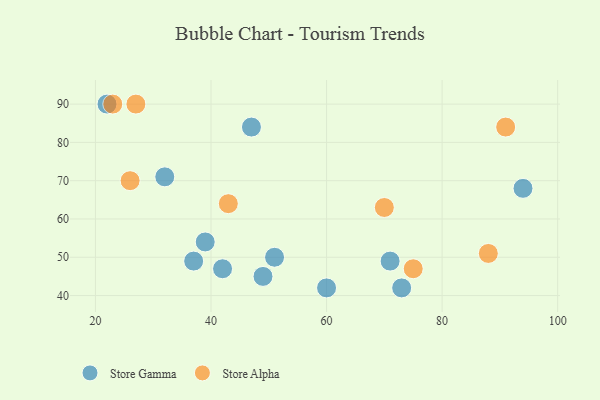
{"axis": {"x": "GDP", "y": "Life Expectancy"}, "legend": ["Store Alpha", "Store Gamma"], "data": [{"x": "37", "y": 49, "type": "Store Gamma"}, {"x": "42", "y": 47, "type": "Store Gamma"}, {"x": "47", "y": 84, "type": "Store Gamma"}, {"x": "32", "y": 71, "type": "Store Gamma"}, {"x": "73", "y": 42, "type": "Store Gamma"}, {"x": "22", "y": 90, "type": "Store Gamma"}, {"x": "39", "y": 54, "type": "Store Gamma"}, {"x": "51", "y": 50, "type": "Store Gamma"}, {"x": "49", "y": 45, "type": "Store Gamma"}, {"x": "71", "y": 49, "type": "Store Gamma"}, {"x": "94", "y": 68, "type": "Store Gamma"}, {"x": "60", "y": 42, "type": "Store Gamma"}, {"x": "75", "y": 47, "type": "Store Alpha"}, {"x": "88", "y": 51, "type": "Store Alpha"}, {"x": "43", "y": 64, "type": "Store Alpha"}, {"x": "26", "y": 70, "type": "Store Alpha"}, {"x": "91", "y": 84, "type": "Store Alpha"}, {"x": "70", "y": 63, "type": "Store Alpha"}, {"x": "23", "y": 90, "type": "Store Alpha"}, {"x": "27", "y": 90, "type": "Store Alpha"}]}